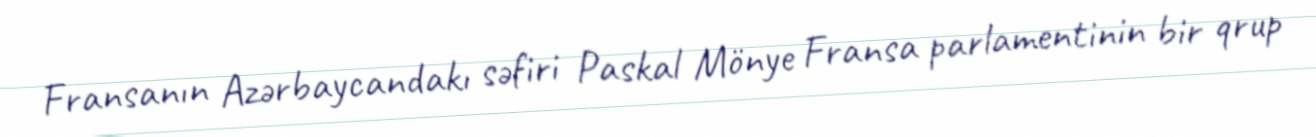
Fransanın Azərbaycandakı səfiri Paskal Mönye Fransa parlamentinin bir qrup